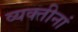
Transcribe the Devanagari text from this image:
व्यक्तीनां